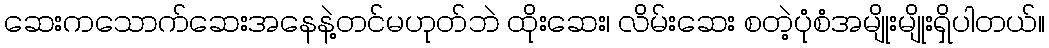
ဆေးကသောက်ဆေးအနေနဲ့တင်မဟုတ်ဘဲ ထိုးဆေး၊ လိမ်းဆေး စတဲ့ပုံစံအမျိုးမျိုးရှိပါတယ်။